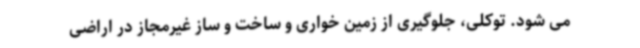
می شود. توکلی، جلوگیری از زمین خواری و ساخت و ساز غیرمجاز در اراضی